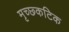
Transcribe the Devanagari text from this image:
मृच्छ्कटिक